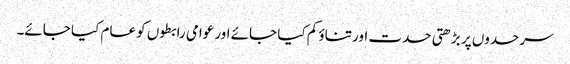
سرحدوں پر بڑھتی حدت اور تناؤ کم کیا جائے اور عوامی رابطوں کو عام کیا جائے۔